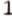
1